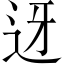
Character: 迓